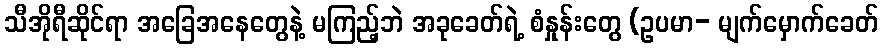
သီအိုရီဆိုင်ရာ အခြေအနေတွေနဲ့ မကြည့်ဘဲ အခုခေတ်ရဲ့ စံနှုန်းတွေ (ဥပမာ- မျက်မှောက်ခေတ်